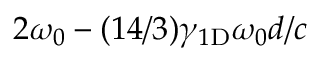
2 \omega _ { 0 } - ( 1 4 / 3 ) \gamma _ { 1 \mathrm { D } } \omega _ { 0 } d / c